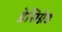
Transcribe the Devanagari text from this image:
डेसिग्नेड